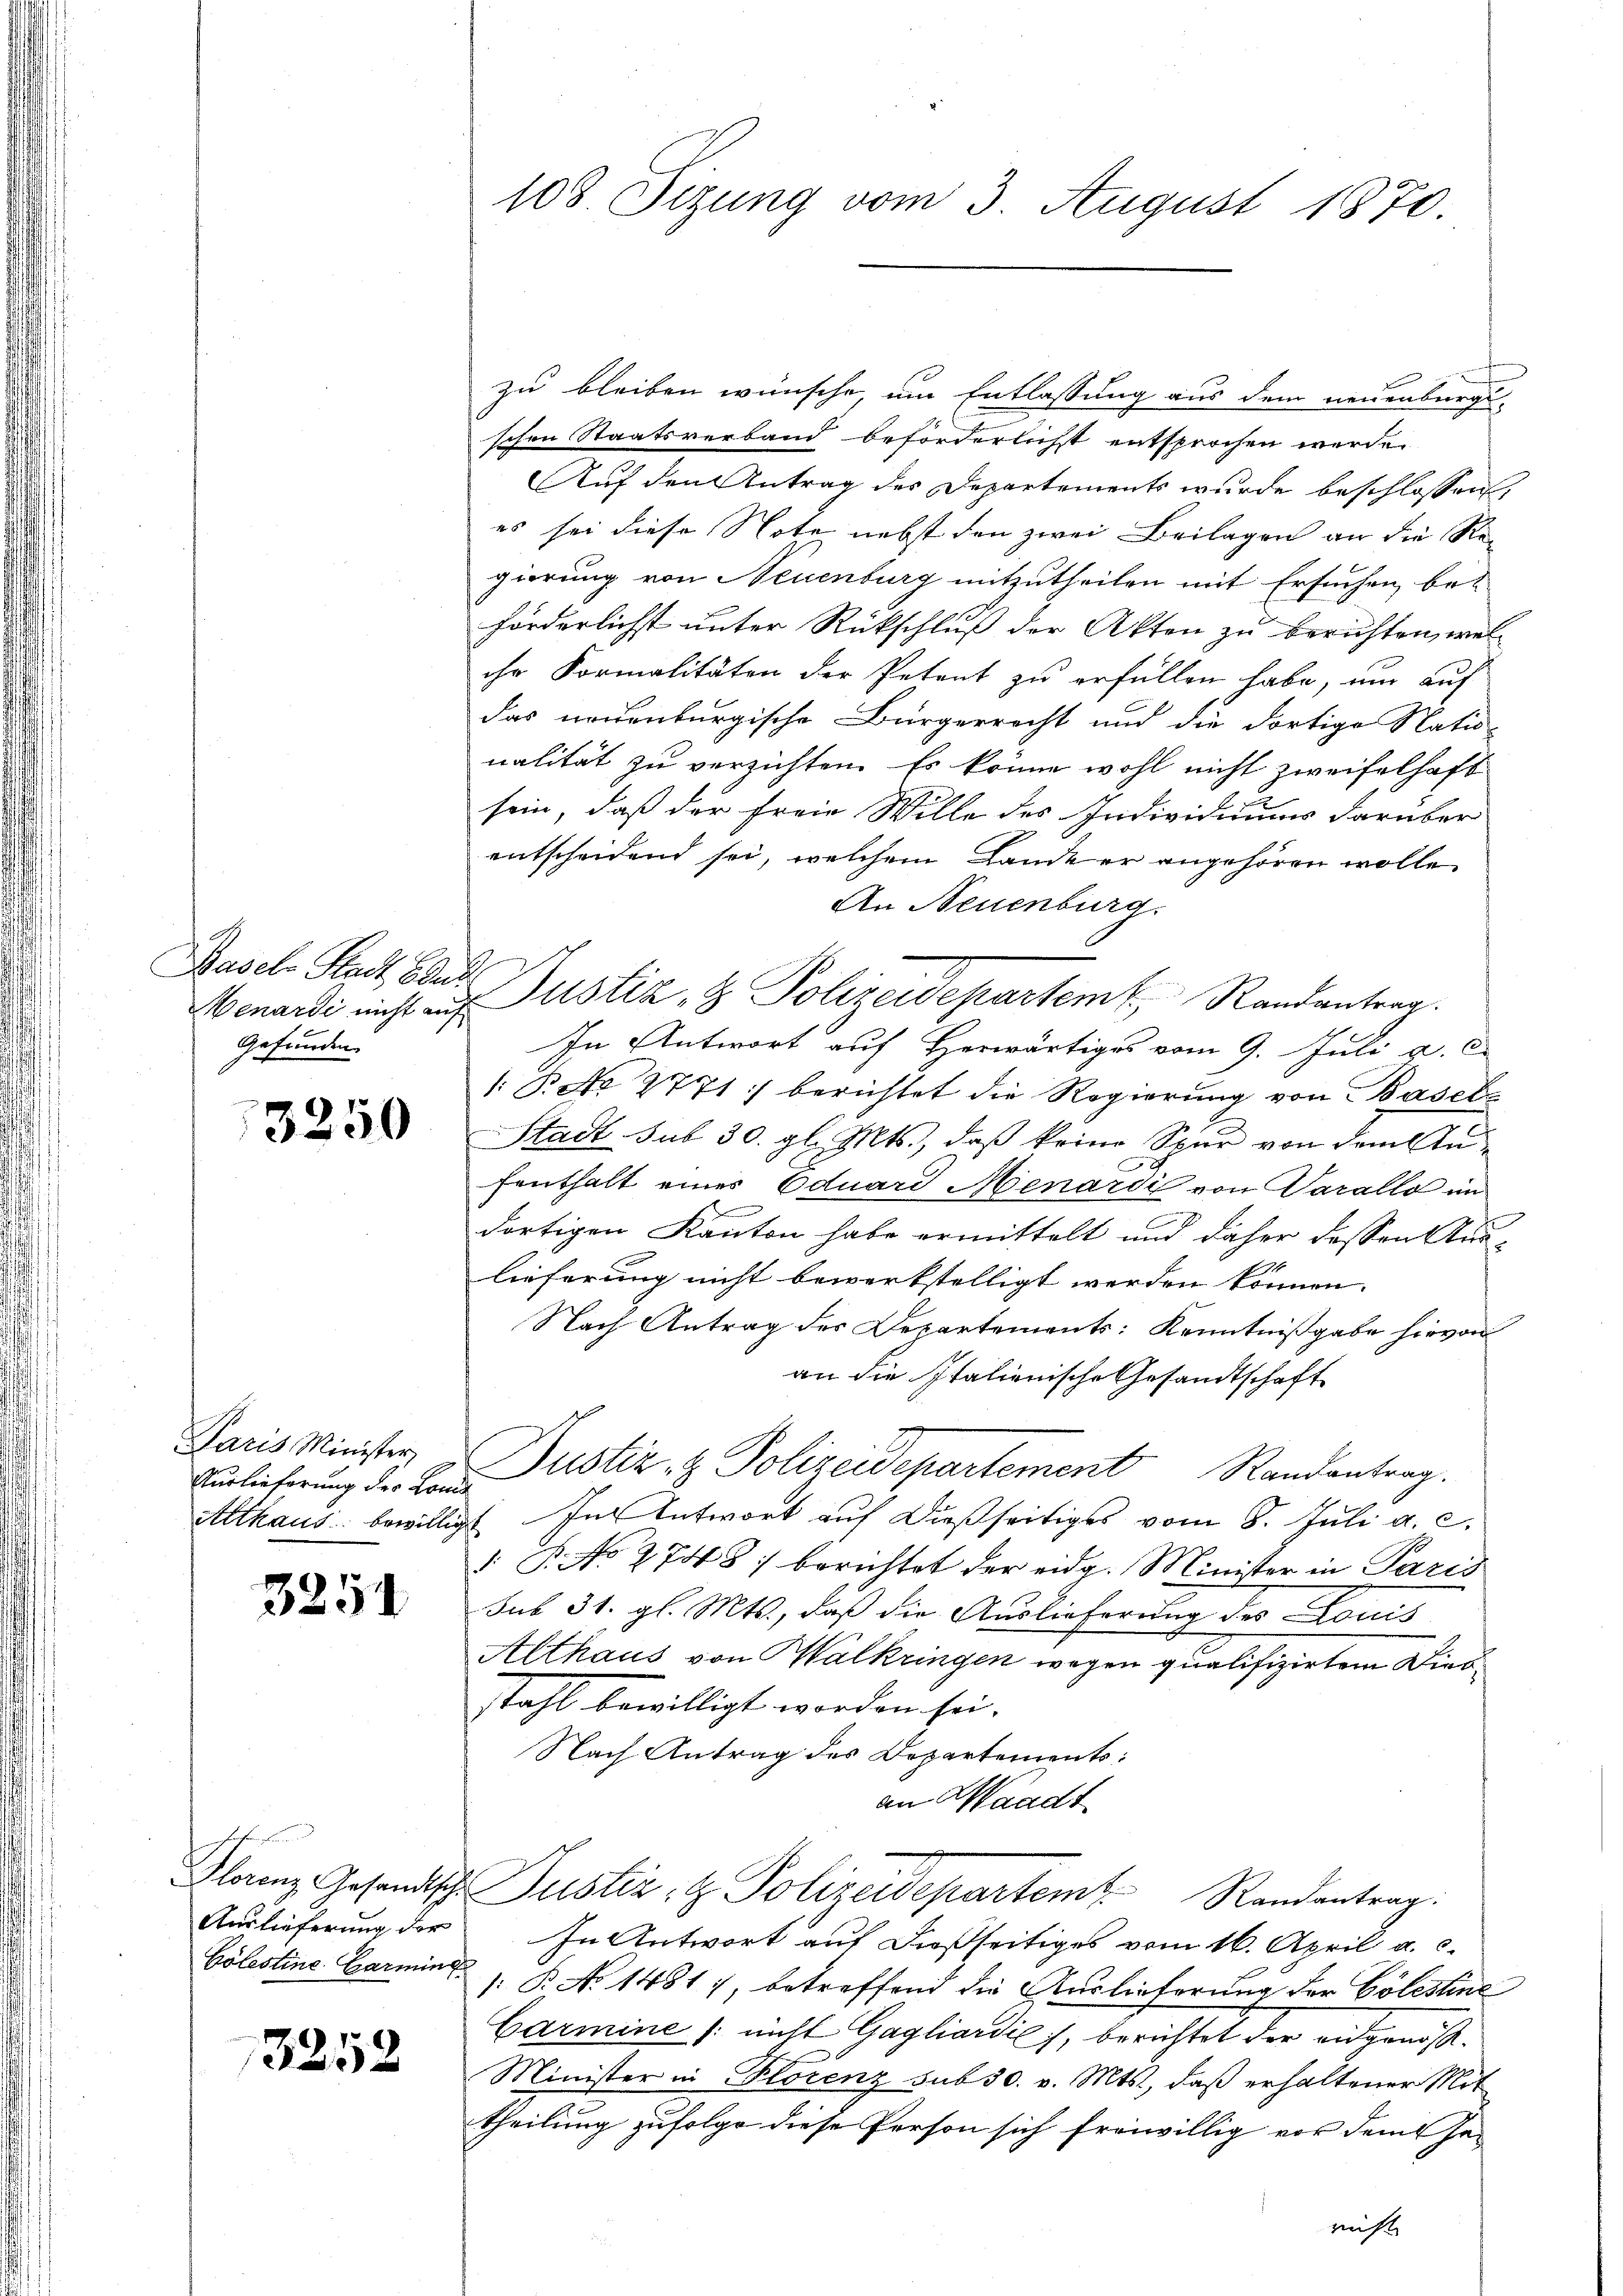
Basel Stadt Baur
Menardi nicht auf
Gefunden

3250

Paris Minister,
Auslieferung der Lomi¬
Althaus bewillig

3254

d
Auslieferung der
Cölestine Garming

3252

108. Sizung vom 3. August 1870.

zu bleiben wünsche, um Entlassung aus dem neuenburgi-
schen Staatsverband beförderlichst entsprochen wurde.
Auf den Antrag des Departements wurde beschlossen,
es sei diese Note nebst den zwei Beilagen an die Regierung von Neuenburg mitzutheilen mit Ersuchen, beförderlichst unter Rückschluß der Akten zu berichten, welihr Formalitäten der Petent zu erfüllen habe, um auf
das neuenburgische Bürgerrecht und die dortige Natio-
nalität zu verzichten. Es könne wohl nicht zweifelhaft
sein, daß der freie Wille des Individuums darüber
entscheidend sei, welchem Lande er angehören wolle,
An Neuenburg.
Justiz & Polizeidepartemt. Randantrag
In Antwort auf Herwärtiges vom 9. Juli v. c.
1: Beto 2771) berichtet die Regierung von Basels
Stadt sub 30. gl. Mts., daß keine Spur von dem Aufenthalt eines Eduard Menardi von Parallo im
.
dortigen Kanton habe ermittelt und daher dessen Aus-
lieferung nicht bewerkstelligt werden können.
Nach Antrag des Departements: Kenntnißgabe hievon
an die Italienische Gesandtschaft
Justiz & Polizeidepartement Randantrag.
In Antwort auf dießseitiges vom 8. Juli a. c.
 B. No 2748) berichtet der eidg. Minister in Paris
sub 31. gl. Mts., daß die Auslieferung des Louis
Althaus von Kalkringen wegen qualifizirten Diesstahl bewilligt worden sei.
Nach Antrag des Departements:
an Waadt
Glanz. Gesandtsch. Justiz- & Polizeidepartem Randantrag:
In Antwort auf dießseitiges vom 16. April a. c.
1: P. No 1451), betreffend die Auslieferung der Cölestine
Garmine / nicht Gagliardis, berichtet der andgenöß¬
Minister in Florenz sub 30. v. Mts., daß erhaltener Mittheilung zufolge diese Person sich freiwillig vor dem Ja-
richt